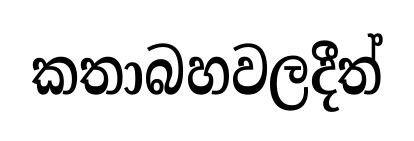
කතාබහවලදීත්